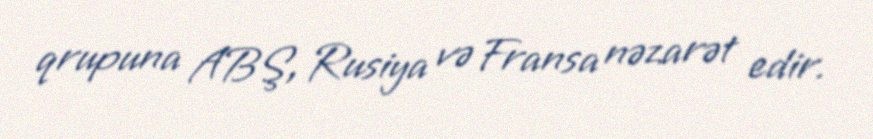
qrupuna ABŞ, Rusiya və Fransa nəzarət edir.